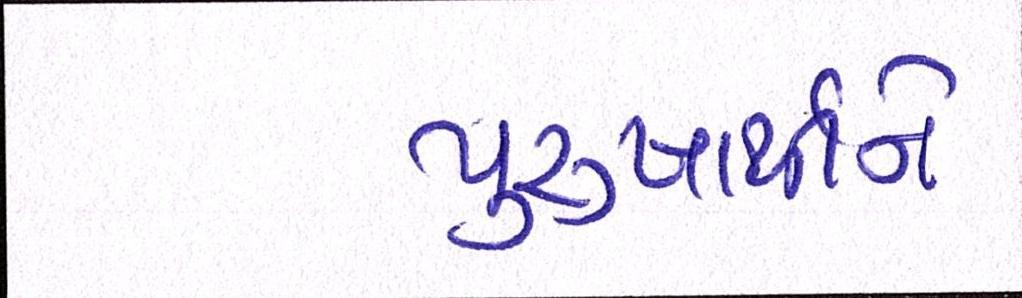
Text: પુરુષાર્થીને